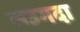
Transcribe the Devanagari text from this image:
जउगदा